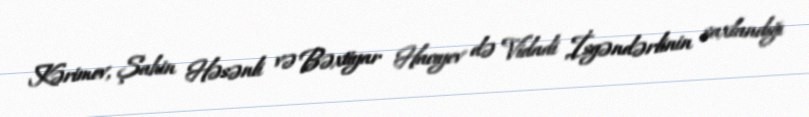
Kərimov, Şahin Həsənli və Bəxtiyar Hacıyev də Vidadi İsgəndərlinin saxlandığı